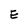
Character: E